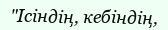
"Ісіндің, кебіндің,